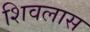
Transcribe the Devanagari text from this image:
शिवलास